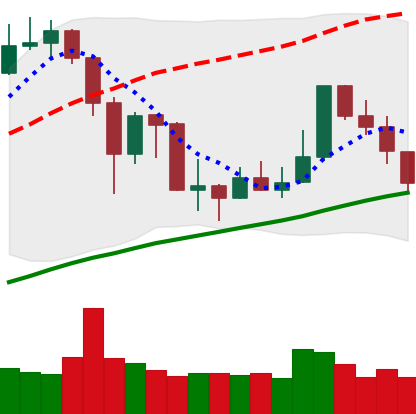
Ticker: XMR-USD
Chart end date: 2019-07-11
Forward return: -16.943%
Label: down_7plus